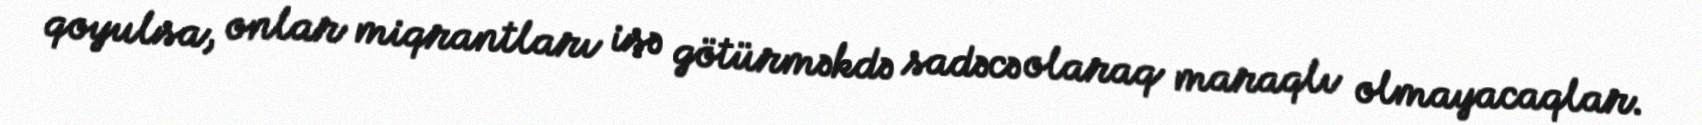
qoyulsa, onlar miqrantları işə götürməkdə sadəcə olaraq maraqlı olmayacaqlar.